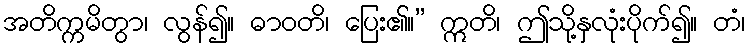
အတိက္ကမိတွာ၊ လွန်၍။ ဓာဝတိ၊ ပြေး၏။” ဣတိ၊ ဤသို့နှလုံးပိုက်၍။ တံ၊